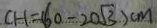
C H = ( 6 0 - 2 0 \sqrt { 3 } ) c m